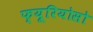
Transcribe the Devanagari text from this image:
फ्यूरियोसो